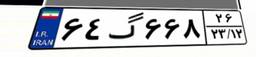
۶۴گ۶۶۸۲۶